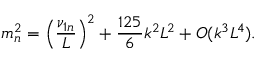
m _ { n } ^ { 2 } = \left( \frac { \nu _ { 1 n } } { L } \right) ^ { 2 } + \frac { 1 2 5 } { 6 } k ^ { 2 } L ^ { 2 } + O ( k ^ { 3 } L ^ { 4 } ) .